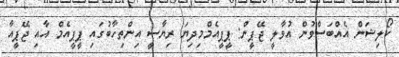
ކޯލިޝަން އެއްބަސްވުން އުވާލީ ޖޭޕީން: ޕީޕީއެމްމިދިޔަ ރިޔާސީ އިންތިހާބުގައި ޕީޕީއެމް އާއި ޖޭޕީއާ